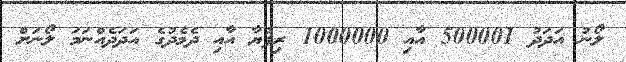
ލޯނު އަދަދު 500001 އާއި 1000000 ރިފުޔާ އާއި ދެމެދުގެ އަދަދެއްނަމަ ލޯނަށް